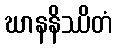
ဃာနနိဿိတံ